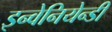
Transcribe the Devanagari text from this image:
इन्वेनियेन्डी